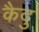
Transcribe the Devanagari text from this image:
कैदु